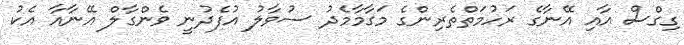
ގިގްސް އާއި އޭނާގެ ރަހުމަތްތެރިންގެ މަގާމާމެދު ސުވާލު އުފެދުނީ ވެންގާލް އޭނާއާ އެކު